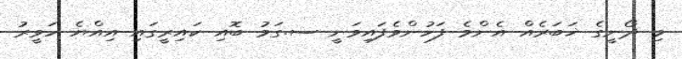
މި ދޯނީގެ ޚަބަރެއް އެންމެ ފަހުންވެފައިވަނީ ސ.ގަމު ބޮއި ކައިރީގައި އިއްޔެ ހަވީރު